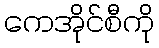
ကေအိုင်စီကို